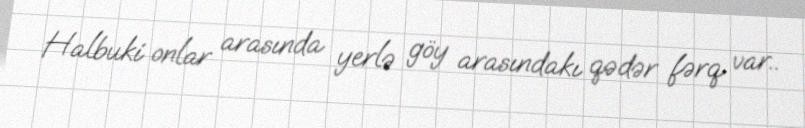
Halbuki onlar arasında yerlə göy arasındakı qədər fərq var..